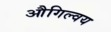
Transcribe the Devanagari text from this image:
औगिल्वय